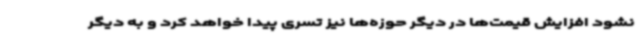
نشود افزایش قیمت‌ها در دیگر حوزه‌ها نیز تسری پیدا خواهد کرد و به دیگر